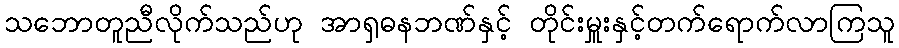
သဘောတူညီလိုက်သည်ဟု အာရှဓနဘဏ်နှင့် တိုင်းမှူးနှင့်တက်ရောက်လာကြသူ